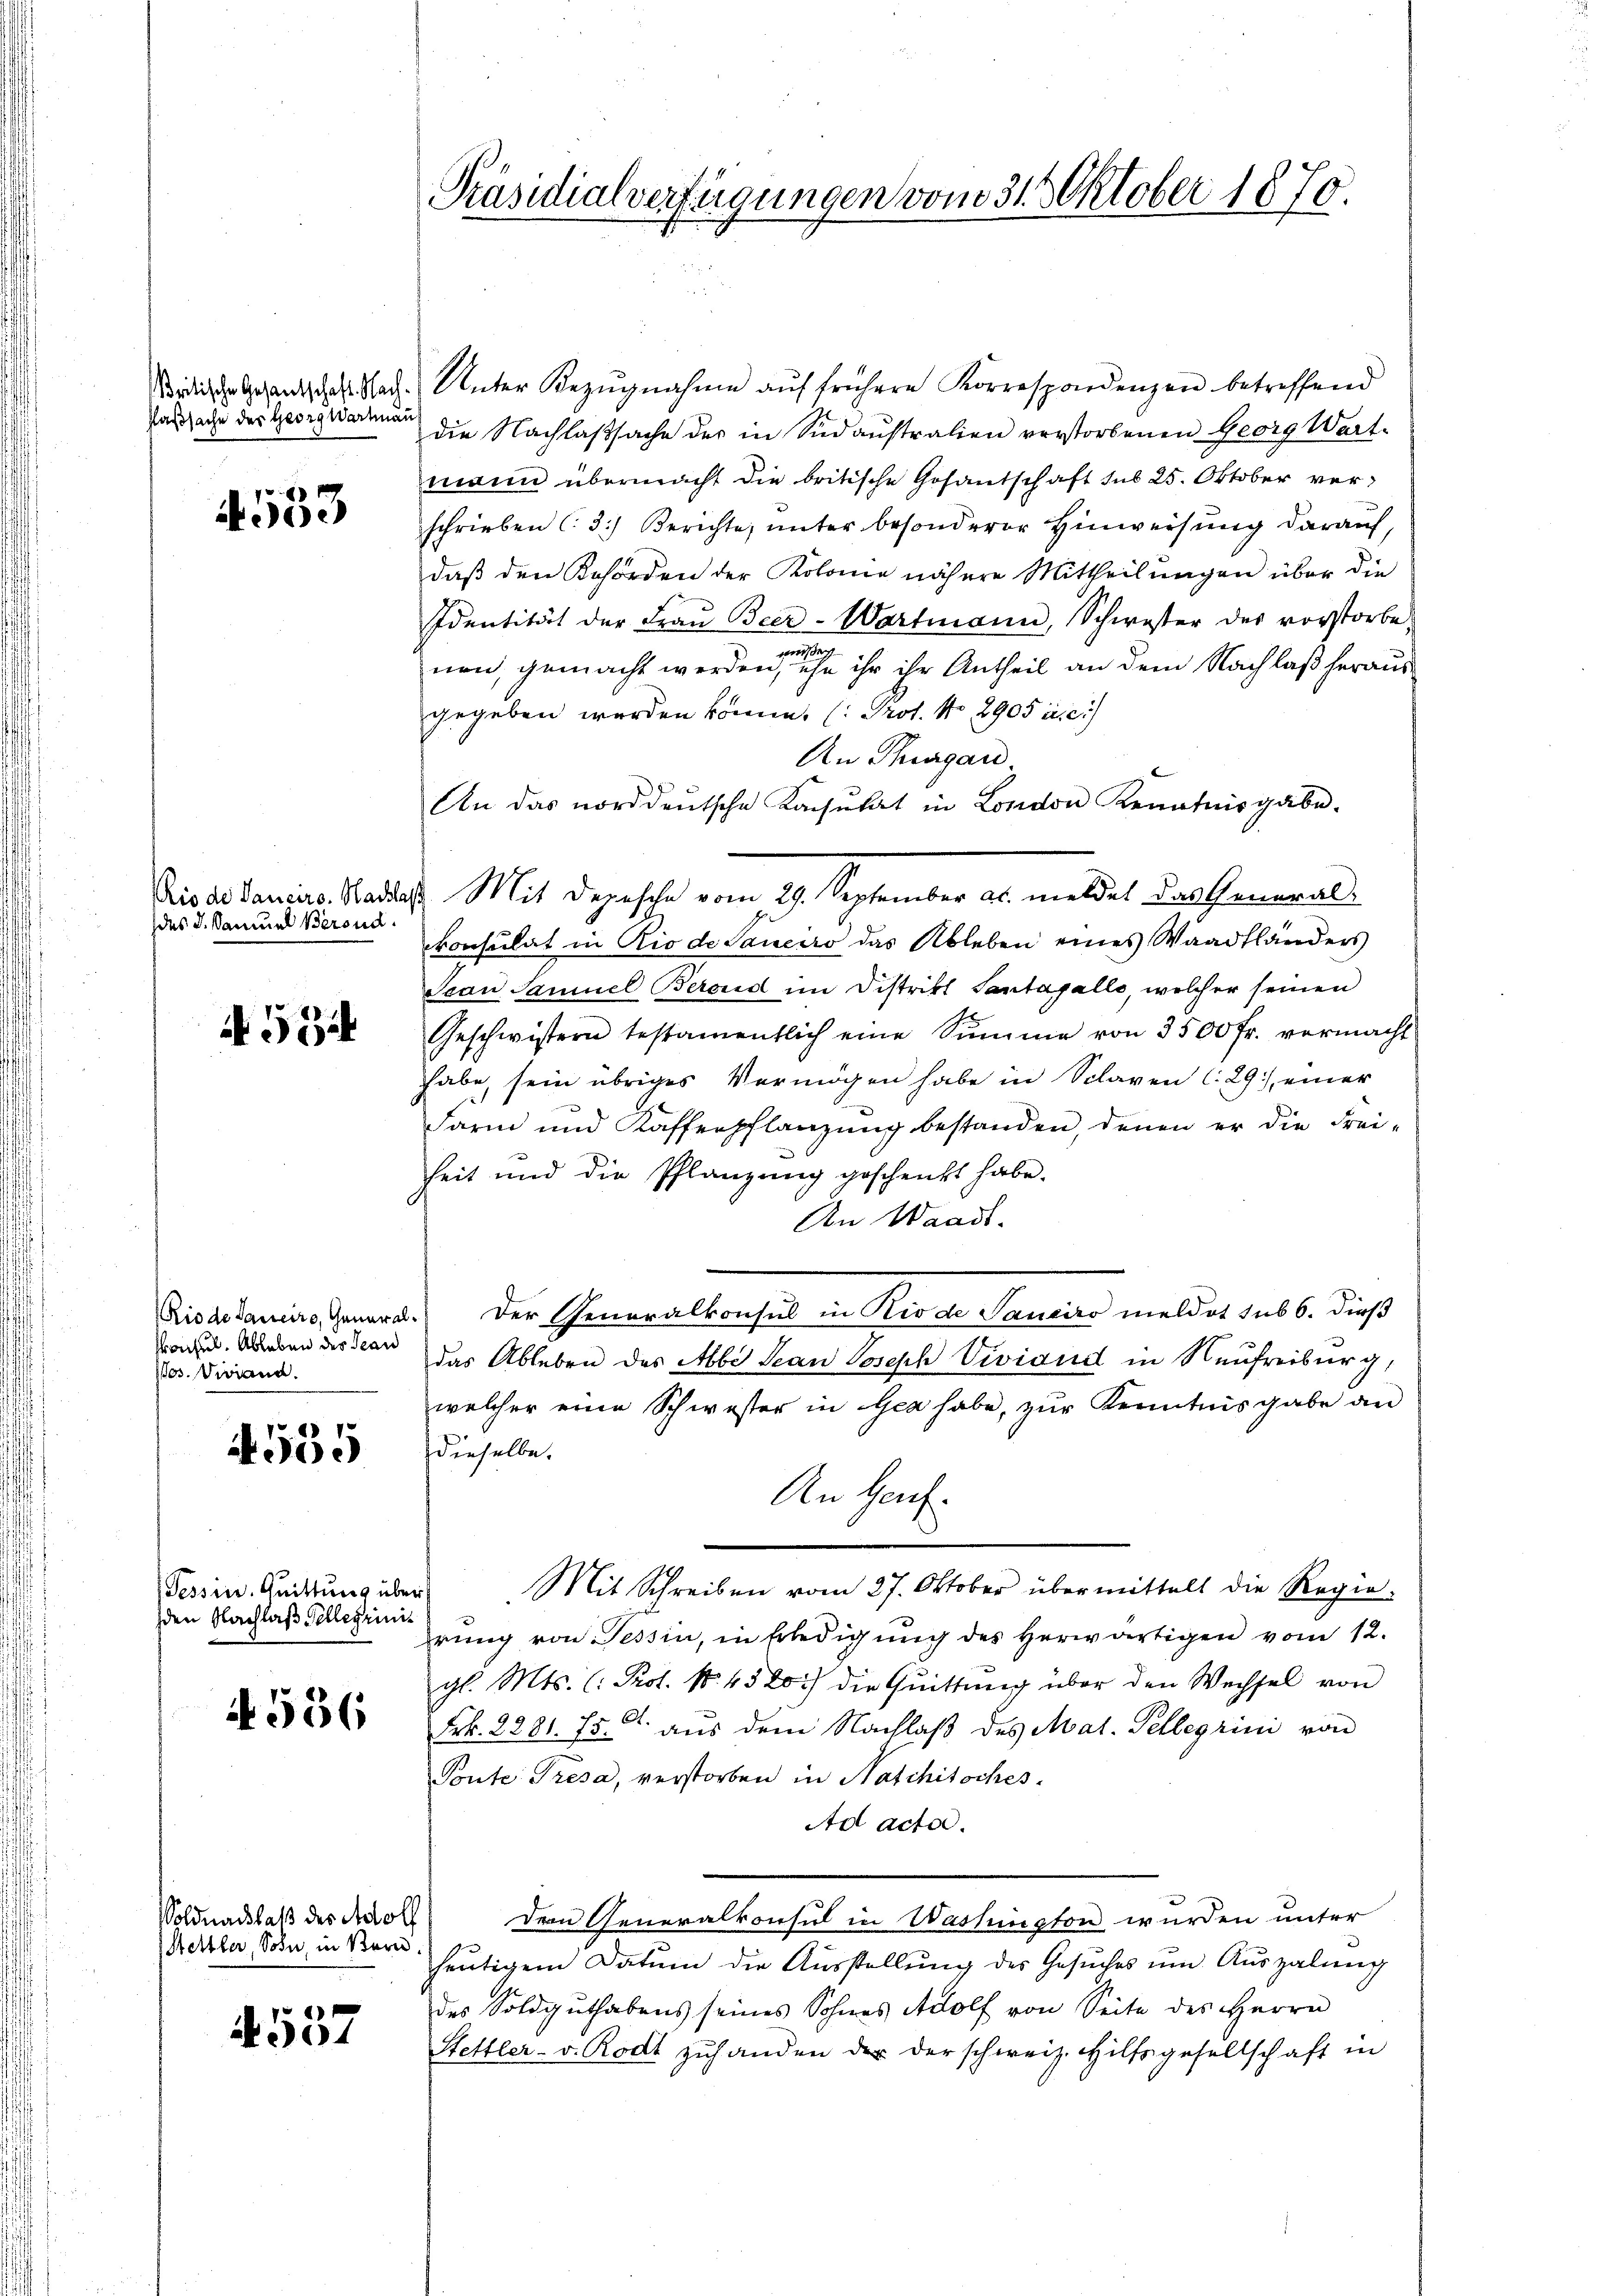
Faßsache der Georg Wartmann

533

des d. Samuel Berond.

A 534

Kochel. Ableben des Jean
Pos. Viviand.

4535

Tessin. Quittung über
den Nachlaß Pellerinit

4556

Voldnachlaß des Adolf
Hettler, Sohn, in Bern

.
501

Präsidialverfügungen vom 31. Oktober 1870.

Brdische Gesandtschaft Nach Unter Bezŭgnahme aŭf frühere Korrespondenzen betreffend
die Nachlaßsache des in Südaustralien verstorbenen Georg Wart-
mann übermacht die britische Gosantschaft sub 25. Oktober verschrieben (3.) Berichte, unter besonderer Hinweisung darauf,
daß den Behörden der Kolone nähere Mittheilungen über die
Identität der Fraŭ Beer-Wartmann, Schwester des vorstorbegemach
nen, gemacht werden, ihn ihr ihr Antheil an dem Nachlaß heraus
gegeben werden könne, (Prot. No 2905 a. c.
An Thurgau.
An das norddeutsche Konsulat in London Kenntnisgabe.
ris des Daniers. Stadler Mit Depesche vom 29. September a. meldet das General-
konsulat in Rio de Saneiro das Ableben eines Waadtländers
Scan Samuel Berond im Distrikl Santafalls, welcher seinen
Geschwistern testamentlich eine Summe von 3500 fr. vermacht
habe, sein übriges Vermögen habe in Sclaven C.29), einer
Farin und Kaffenpflanzung bestanden, denen er die Frei-
heit und die Pflanzung geschenkt habe.
An Waadt.
Rio dedaneiro Genord. Der Generalkonsul in Kinde Tanciro meldet sub 6. dieß
das Ableben des Abbi Jean Joseph Viviand in Neufreiburg,
welcher eine Schwester in Gez habe, zur Kenntnisgabe an
dieselbe.
An Genf
Mit Schreiben vom 27. Oktober übermittelt die Regie-
rung von Tessin, in Erledigung des herwärtigen vom 12.
gl. Mts. (: Prot. N. 4520) die Quittung über den Wechsel von
Frk. 2801. 75. d. aus dem Nachlaß des Mal. Schlegrini von
Ponte Tresa, verstorben in Naschitsches.
Ad acta.
de Generalkonsul in Washington wurden unter
heutigem Datum die Ausstellung des Gesuches um Auszalung
des Soldguthabens seines Sohnes Adolf von Seite des Herrn
Hettler- v. Rodt zŭ handen der der schweiz. Hilfsgesellschaft in